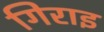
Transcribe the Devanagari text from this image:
गिराइ